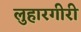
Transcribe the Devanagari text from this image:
लुहारगीरी